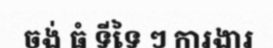
ចង់ ធំ ទីទៃ ៗ ការងារ